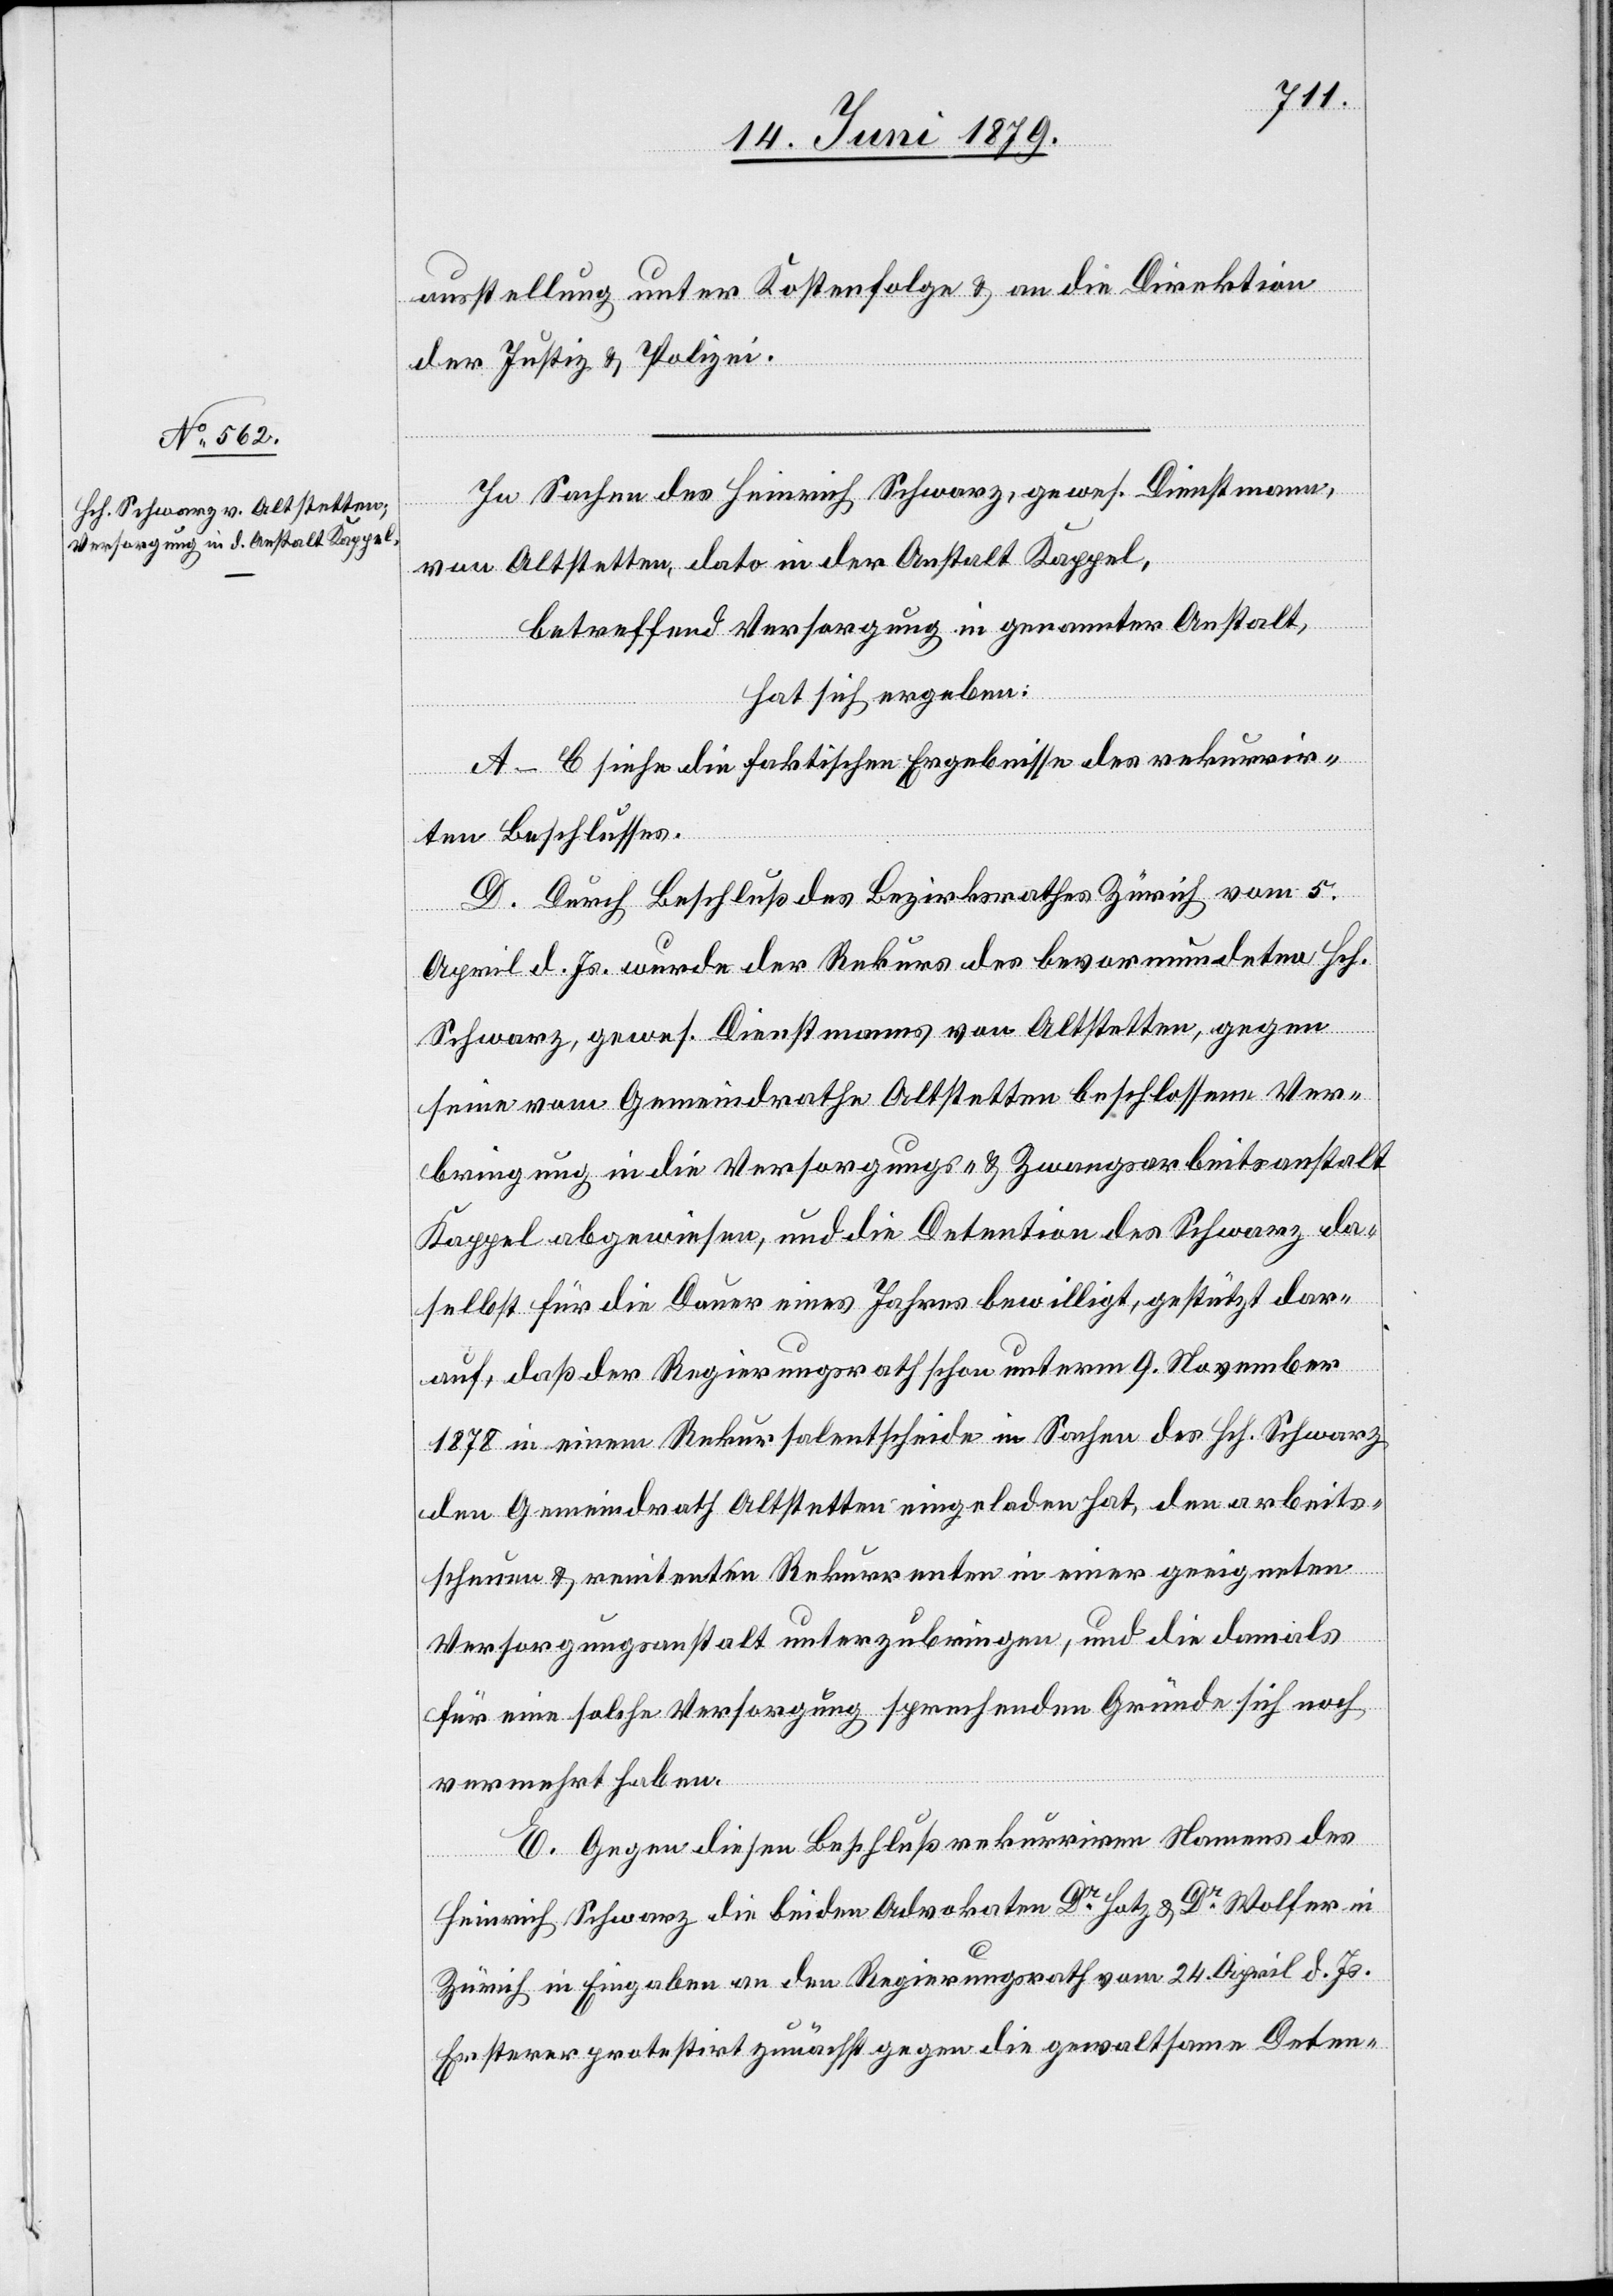
ausstellung unter Kostenfolge & an die Direktion
der Justiz & Polizei.
In Sachen des Heinrich Schwarz, gewes. Dienstmann,
von Altstetten, dato in der Anstalt Kappel,
betreffend Versorgung in genannter Anstalt,
hat sich ergeben:
A–C siehe die faktischen Ergebnisse des rekurrir¬
ten Beschlusses.
D. Durch Beschluß des Bezirksrathes Zürich vom 5.
April d. Js. wurde der Rekurs des bevormundeten Hch.
Schwarz, gewes. Dienstmanns von Altstetten, gegen
seine vom Gemeindrathe Altstetten beschlossene Ver¬
bringung in die Versorgungs- & Zwangsarbeitsanstalt
Kappel abgewiesen, und die Detention des Schwarz da¬
selbst für die Dauer eines Jahres bewilligt, gestützt dar¬
auf, daß der Regierungsrath schon unterm 9. November
1878 in einem Rekursalentscheide in Sachen des Hch. Schwarz
den Gemeindrath Altstetten eingeladen hat, den arbeits¬
scheuen & renitenten Rekurrenten in einer geeigneten
Versorgungsanstalt unterzubringen, und die damals
für eine solche Versorgung sprechenden Gründe sich noch
vermehrt haben.
E. Gegen diesen Beschluß rekurriren namens des
Heinrich Schwarz die beiden Advokaten Dr Hotz & Dr Wolfer in
Zürich in Eingaben an den Regierungsrath vom 24. April d. Js.
Ersterer protestirt zunächst gegen die gewaltsame Deten-